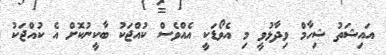
އައިޝަތު ޝިހާމް ވިދާޅުވީ މި އެވޯޑަކީ އެއްވެސް ކުއްޖަކު ބާކީނުކޮށް އެ ކުއްޖަކު